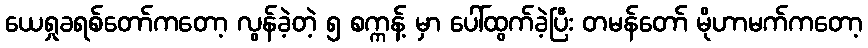
ယေရှုခရစ်တော်ကတော့ လွန်ခဲ့တဲ့ ၅ စက္ကန့် မှာ ပေါ်ထွက်ခဲ့ပြီး တမန်တော် မိုဟာမက်ကတော့